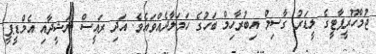
ޖުމްހޫރީޕާޓީގެ ލީޑަރު ގާސިމް އިބުރާހިމް ބަހުގެ ހަމަލާދެއްވައެވެ. އަދި ރައީސް ނަޝީދާއި އެމްޑީޕީ